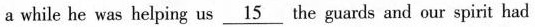
a while he was helping us \underline{15} the guards and our spirit had